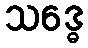
သဒ္ဓေ